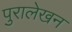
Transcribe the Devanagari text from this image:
पुरालेखन